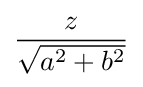
{\frac {z}{\sqrt {a^{2}+b^{2}}}}